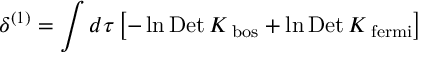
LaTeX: \delta ^ { ( 1 ) } = \int d \tau \left[ - \ln \mathrm { D e t } \, K _ { \mathrm { \scriptsize ~ b o s } } + \ln \mathrm { D e t } \, K _ { \mathrm { \scriptsize ~ f e r m i } } \right]